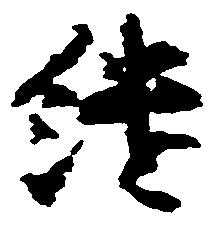
継